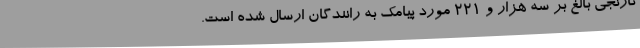
نارنجی بالغ بر سه هزار و 221 مورد پیامک به رانندگان ارسال شده است.